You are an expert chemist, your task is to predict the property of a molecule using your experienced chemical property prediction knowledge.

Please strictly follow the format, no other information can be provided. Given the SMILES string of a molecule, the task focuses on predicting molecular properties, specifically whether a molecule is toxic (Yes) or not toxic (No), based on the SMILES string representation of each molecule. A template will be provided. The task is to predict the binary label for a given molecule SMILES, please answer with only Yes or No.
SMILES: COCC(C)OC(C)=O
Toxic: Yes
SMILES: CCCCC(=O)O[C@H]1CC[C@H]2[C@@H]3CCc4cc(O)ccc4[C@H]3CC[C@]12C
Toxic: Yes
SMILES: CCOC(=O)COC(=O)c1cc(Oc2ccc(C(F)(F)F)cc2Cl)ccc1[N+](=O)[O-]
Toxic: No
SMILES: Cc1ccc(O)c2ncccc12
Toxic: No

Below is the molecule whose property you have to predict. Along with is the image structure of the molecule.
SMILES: CC(C)(C)C1CCC(CC2=C(O)C(=O)c3ccccc3C2=O)CC1
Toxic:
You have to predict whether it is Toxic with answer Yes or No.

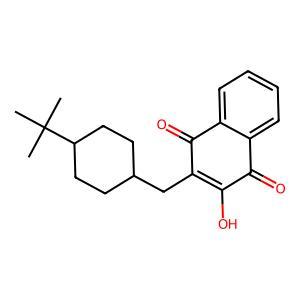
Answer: No